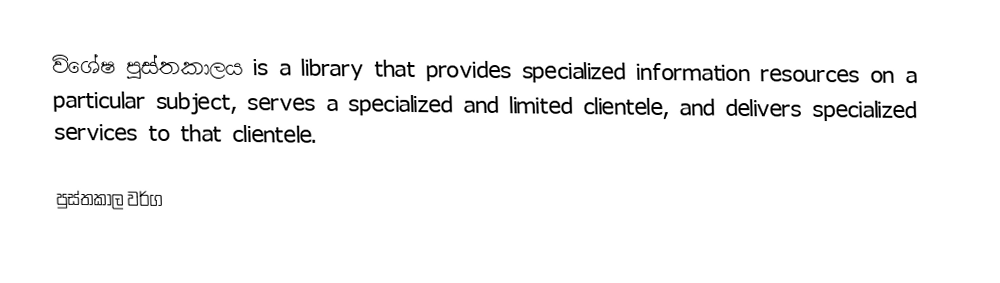
විශේෂ පුස්තකාලය  is a library that provides specialized information resources on a particular subject, serves a specialized and limited clientele, and delivers specialized services to that clientele.

පුස්තකාල වර්ග